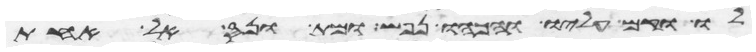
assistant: לו וקם עליו והכהו נפש ומת ונס אל אחת